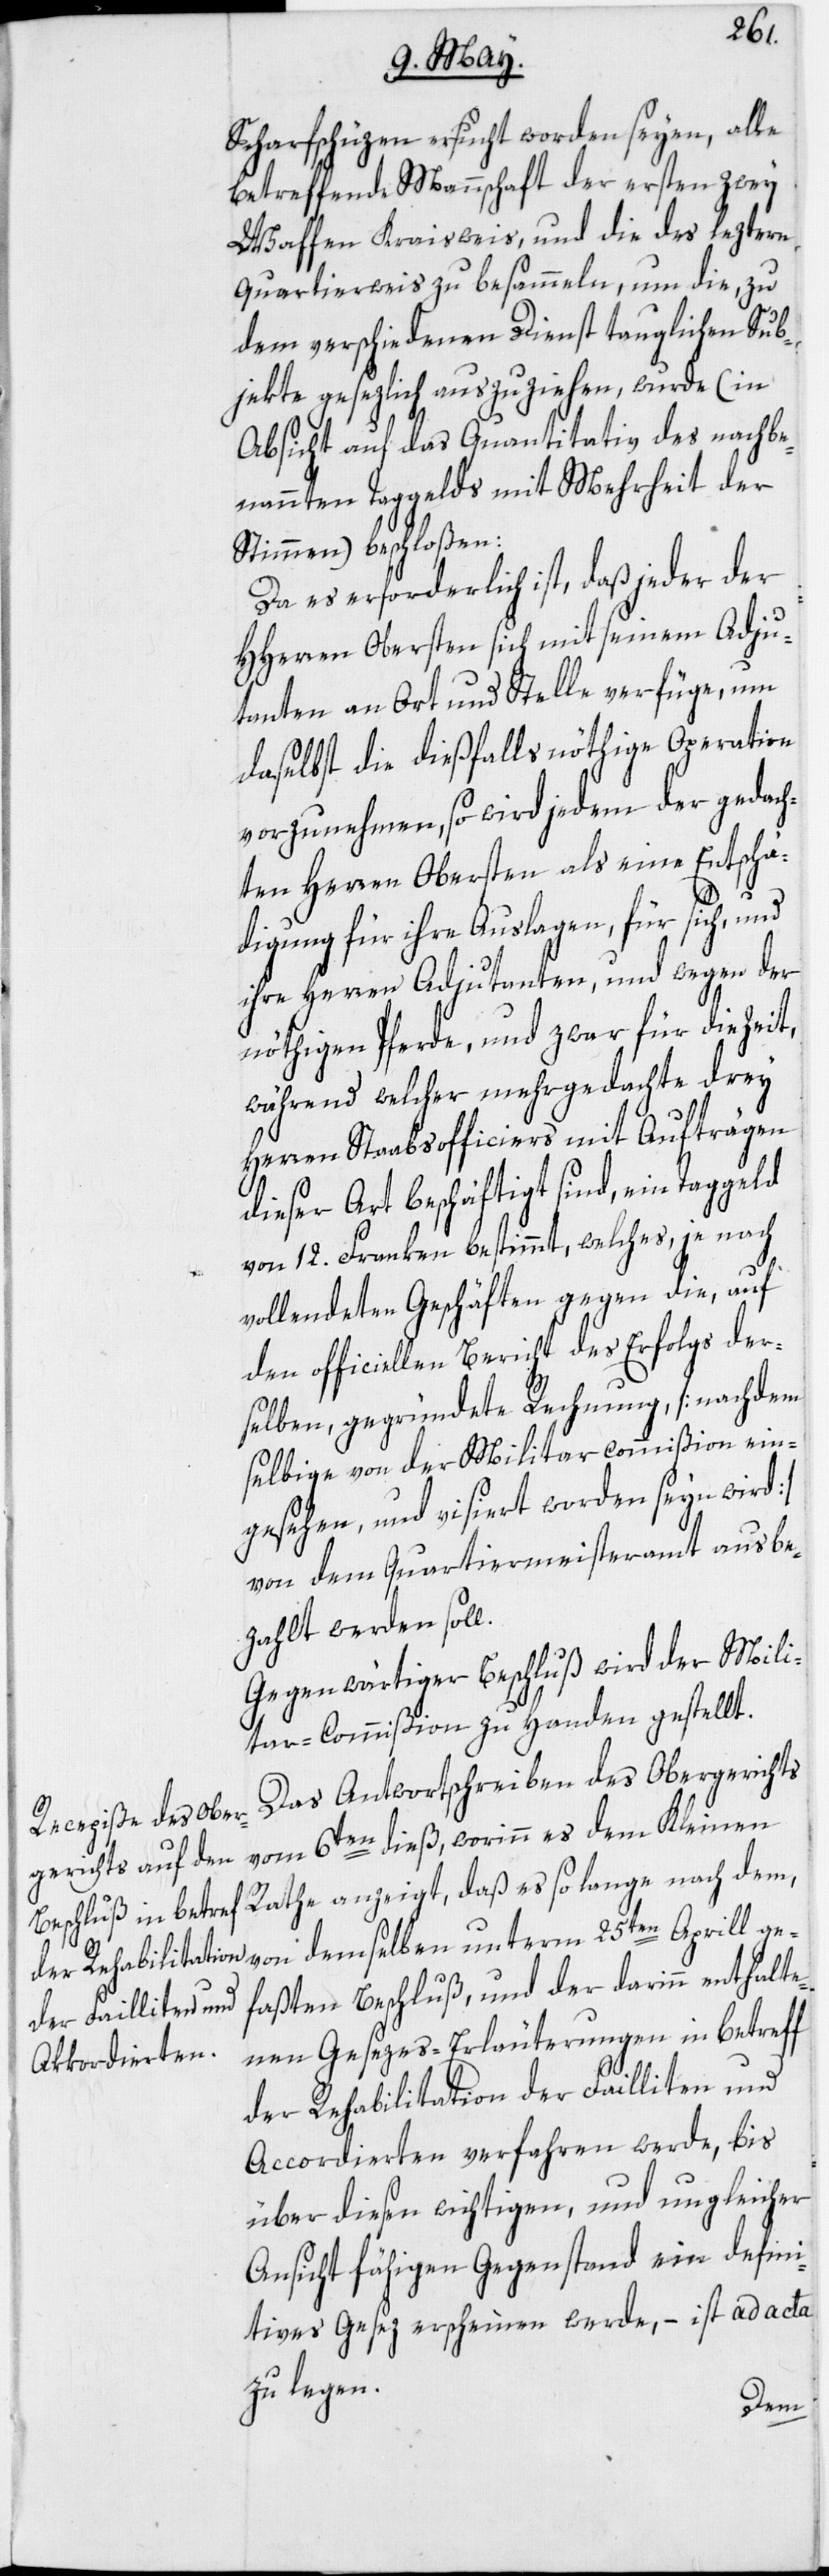
Scharfschüzen ersucht worden seyen, alle
betreffende Mannschaft der ersten zwey
Waffen Kraisweis, und die des leztern
Quartierweis zu besammeln, um die, zu
dem verschiedenen Dienst tauglichen Sub¬
jekte gesezlich auszuziehen, wurde (in
Absicht auf das Quantitativ des nachbe¬
nannten Taggelds mit Mehrheit der
Stimmen) beschloßen:
Da es erforderlich ist, daß jeder der
HHerren Obersten sich mit seinem Adju¬
tanten an Ort und Stelle verfüge, um
daselbst die dießfalls nöthige Operation
vorzunehmen, so wird jedem der gedach¬
ten Herren Obersten als eine Entschä¬
digung für ihre Auslagen, für sich, und
ihre Herren Adjutanten, und wegen der
nöthigen Pferde, und zwar für die Zeit,
während welcher mehrgedachte drey
Herren Staabsofficiers mit Aufträgen
dieser Art beschäftigt sind, ein Taggeld
von 12. Franken bestimmt, welches, je nach
vollendeten Geschäften gegen die, auf
den officiellen Bericht des Erfolgs der¬
selben, gegründete Rechnung, [nachdem
selbige von der Militarcommißion ein¬
gesehen, und visiert worden seyn wird]
von dem Quartiermeisteramt ausbe¬
zahlt werden soll.
Gegenwärtiger Beschluß wird der Mili¬
tar-Commißion zu Handen gestellt.
Das Antwortschreiben des Obergerichts
vom 6ten dieß, worinn es dem Kleinen
Rathe anzeigt, daß es so lange nach dem,
von demselben unterm 25ten Aprill ge¬
faßten Beschluß, und der darinn enthalte¬
nen Gesezes-Erläuterungen in betreff
der Rehabilitation der Failliten und
Accordierten verfahren werde, bis
über diesen wichtigen, und ungleicher
Ansicht fähigen Gegenstand ein defini¬
tives Gesez erscheinen werde, – ist ad acta
zu legen.